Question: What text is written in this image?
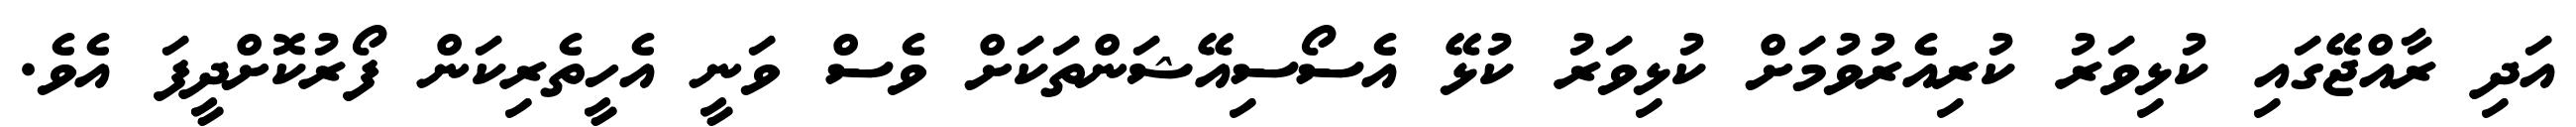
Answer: އަދި ރާއްޖޭގައި ކުޅިވަރު ކުރިއެރުވުމަށް ކުޅިވަރު ކުޅޭ އެސޯސިއޭޝަންތަކަށް ވެސް ވަނީ އެހީތެރިކަން ފޯރުކޮށްދީފަ އެވެ.